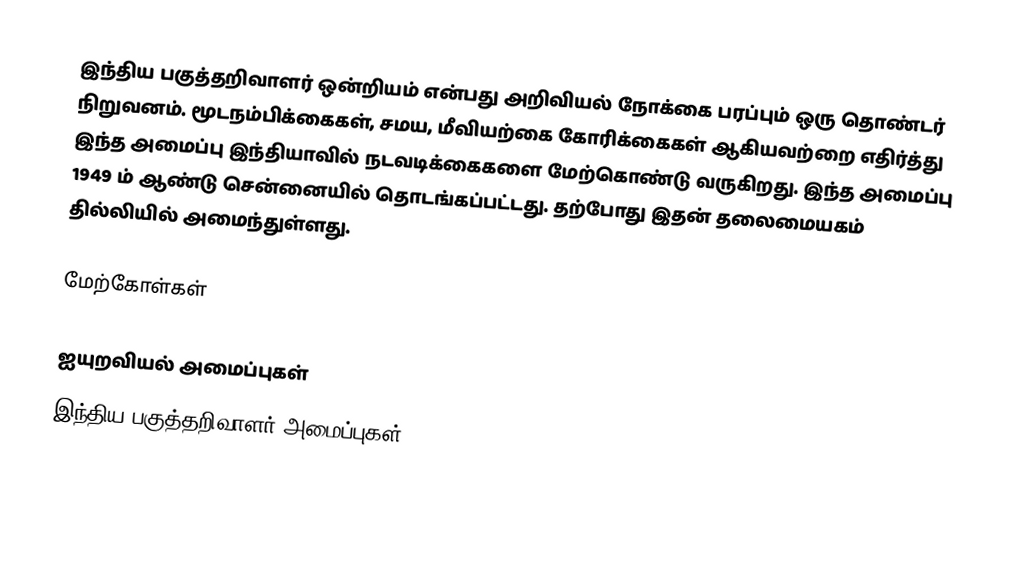
இந்திய பகுத்தறிவாளர் ஒன்றியம் என்பது அறிவியல் நோக்கை பரப்பும் ஒரு தொண்டர் நிறுவனம். மூடநம்பிக்கைகள், சமய, மீவியற்கை கோரிக்கைகள் ஆகியவற்றை எதிர்த்து இந்த அமைப்பு இந்தியாவில் நடவடிக்கைகளை மேற்கொண்டு வருகிறது. இந்த அமைப்பு 1949 ம் ஆண்டு சென்னையில் தொடங்கப்பட்டது.  தற்போது இதன் தலைமையகம் தில்லியில் அமைந்துள்ளது.

மேற்கோள்கள்

ஐயுறவியல் அமைப்புகள்
இந்திய பகுத்தறிவாளர் அமைப்புகள்